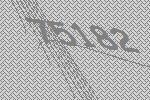
75182